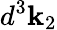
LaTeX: d^{3}\mathbf{k}_{2}